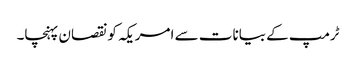
ٹرمپ کے بیانات سے امریکہ کونقصان پہنچا۔